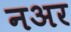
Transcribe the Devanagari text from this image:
नअर